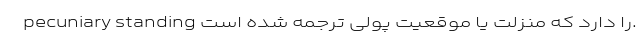
pecuniary standing را دارد که منزلت یا موقعیت پولی ترجمه شده است.